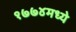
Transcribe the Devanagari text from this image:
१७७४मध्ये